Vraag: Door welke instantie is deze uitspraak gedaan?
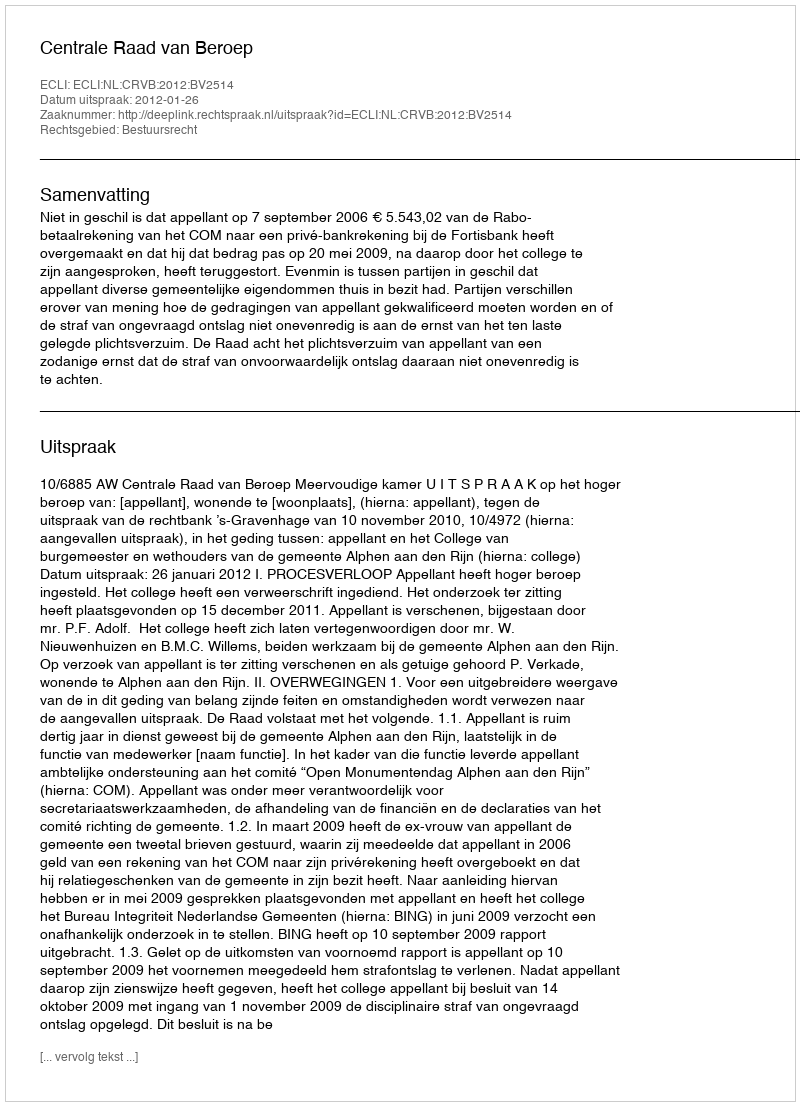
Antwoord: Centrale Raad van Beroep